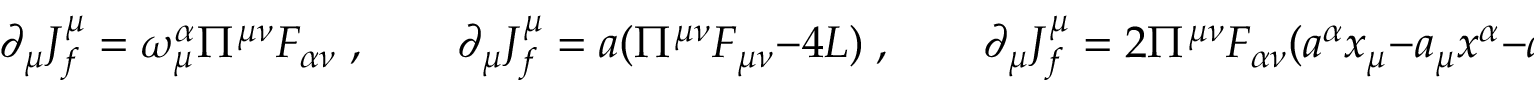
\partial _ { \mu } J _ { f } ^ { \mu } = \omega _ { \mu } ^ { \alpha } \Pi ^ { \mu \nu } F _ { \alpha \nu } \; , \quad \quad \partial _ { \mu } J _ { f } ^ { \mu } = a ( \Pi ^ { \mu \nu } F _ { \mu \nu } - 4 { \cal L } ) \; , \quad \quad \partial _ { \mu } J _ { f } ^ { \mu } = 2 \Pi ^ { \mu \nu } F _ { \alpha \nu } ( a ^ { \alpha } x _ { \mu } - a _ { \mu } x ^ { \alpha } - a \cdot x \delta _ { \mu } ^ { \alpha } ) + 8 a \cdot x { \cal L } \; ,